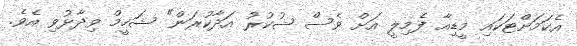
އެކަމަށްޓަކައި މީޑިއާ ފެމިލީ އަށް ވެސް ޝުކުރު އަދާކުރަން" ޝަހީމް ވިދާޅުވި އެވެ.